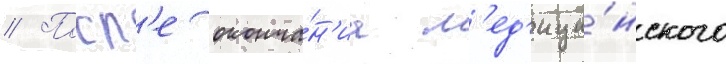
// Посл'е оконча́н'иа м'ед'ици́нского